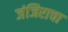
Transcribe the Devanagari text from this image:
जंजिराचा